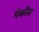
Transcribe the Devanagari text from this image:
मेकीस